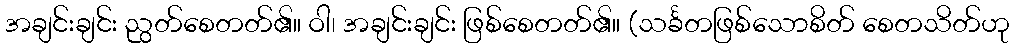
အချင်းချင်း ညွတ်စေတတ်၏။ ဝါ၊ အချင်းချင်း ဖြစ်စေတတ်၏။ (သင်္ခတဖြစ်သောစိတ် စေတသိတ်ဟု